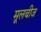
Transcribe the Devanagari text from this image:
मूलबीज